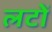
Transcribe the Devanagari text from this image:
लटों